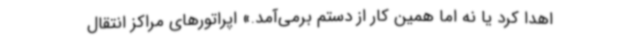
اهدا کرد یا نه اما همین کار از دستم برمی‌آمد.» اپراتورهای مراکز انتقال